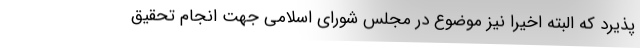
پذیرد که البته اخیراً نیز موضوع در مجلس شورای اسلامی جهت انجام تحقیق